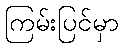
ကြမ်းပြင်မှာ